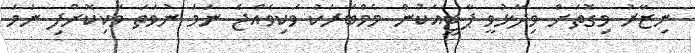
ނިޒާރު މިގޮތަށް ވިދާޅުވީ ޕާޓީއަކުން މެމްބަރަކު ވަކިވެއްޖެ ނަމަ ނުވަތަ ވަކިކޮށްފި ނަމަ